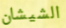
الشيشان